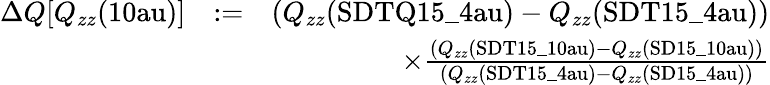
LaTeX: \begin{array}{rlr}{\Delta Q[Q_{zz}(\mathrm{{10au}})]}&{:=}&{\left(Q_{zz}({\mathrm{SDTQ15\_ 4au}})-Q_{zz}(\mathrm{{SDT15\_ 4au}})\right)}\\ &{}&{\times\frac{\left(Q_{zz}({\mathrm{SDT15\_ 10au}})-Q_{zz}(\mathrm{{SD15\_ 10au}})\right)}{\left(Q_{zz}({\mathrm{SDT15\_ 4au}})-Q_{zz}(\mathrm{{SD15\_ 4au}})\right)}}\end{array}